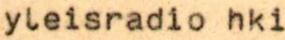
yleisradio hki